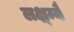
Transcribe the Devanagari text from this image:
लक्ष्म्यै